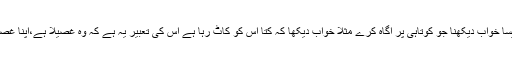
[7] کوئی ایسا خواب دیکھنا جو کوتاہی پر آگاہ کرے مثلاً خواب دیکھا کہ کتا اس کو کاٹ رہا ہے اس کی تعبیر یہ ہے کہ وہ غصیلا ہے،اپنا غصہ کم کرے۔